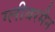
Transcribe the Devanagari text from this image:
ग्लीबरमैन